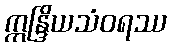
ဣန္ဒြိယသံဝရဿ